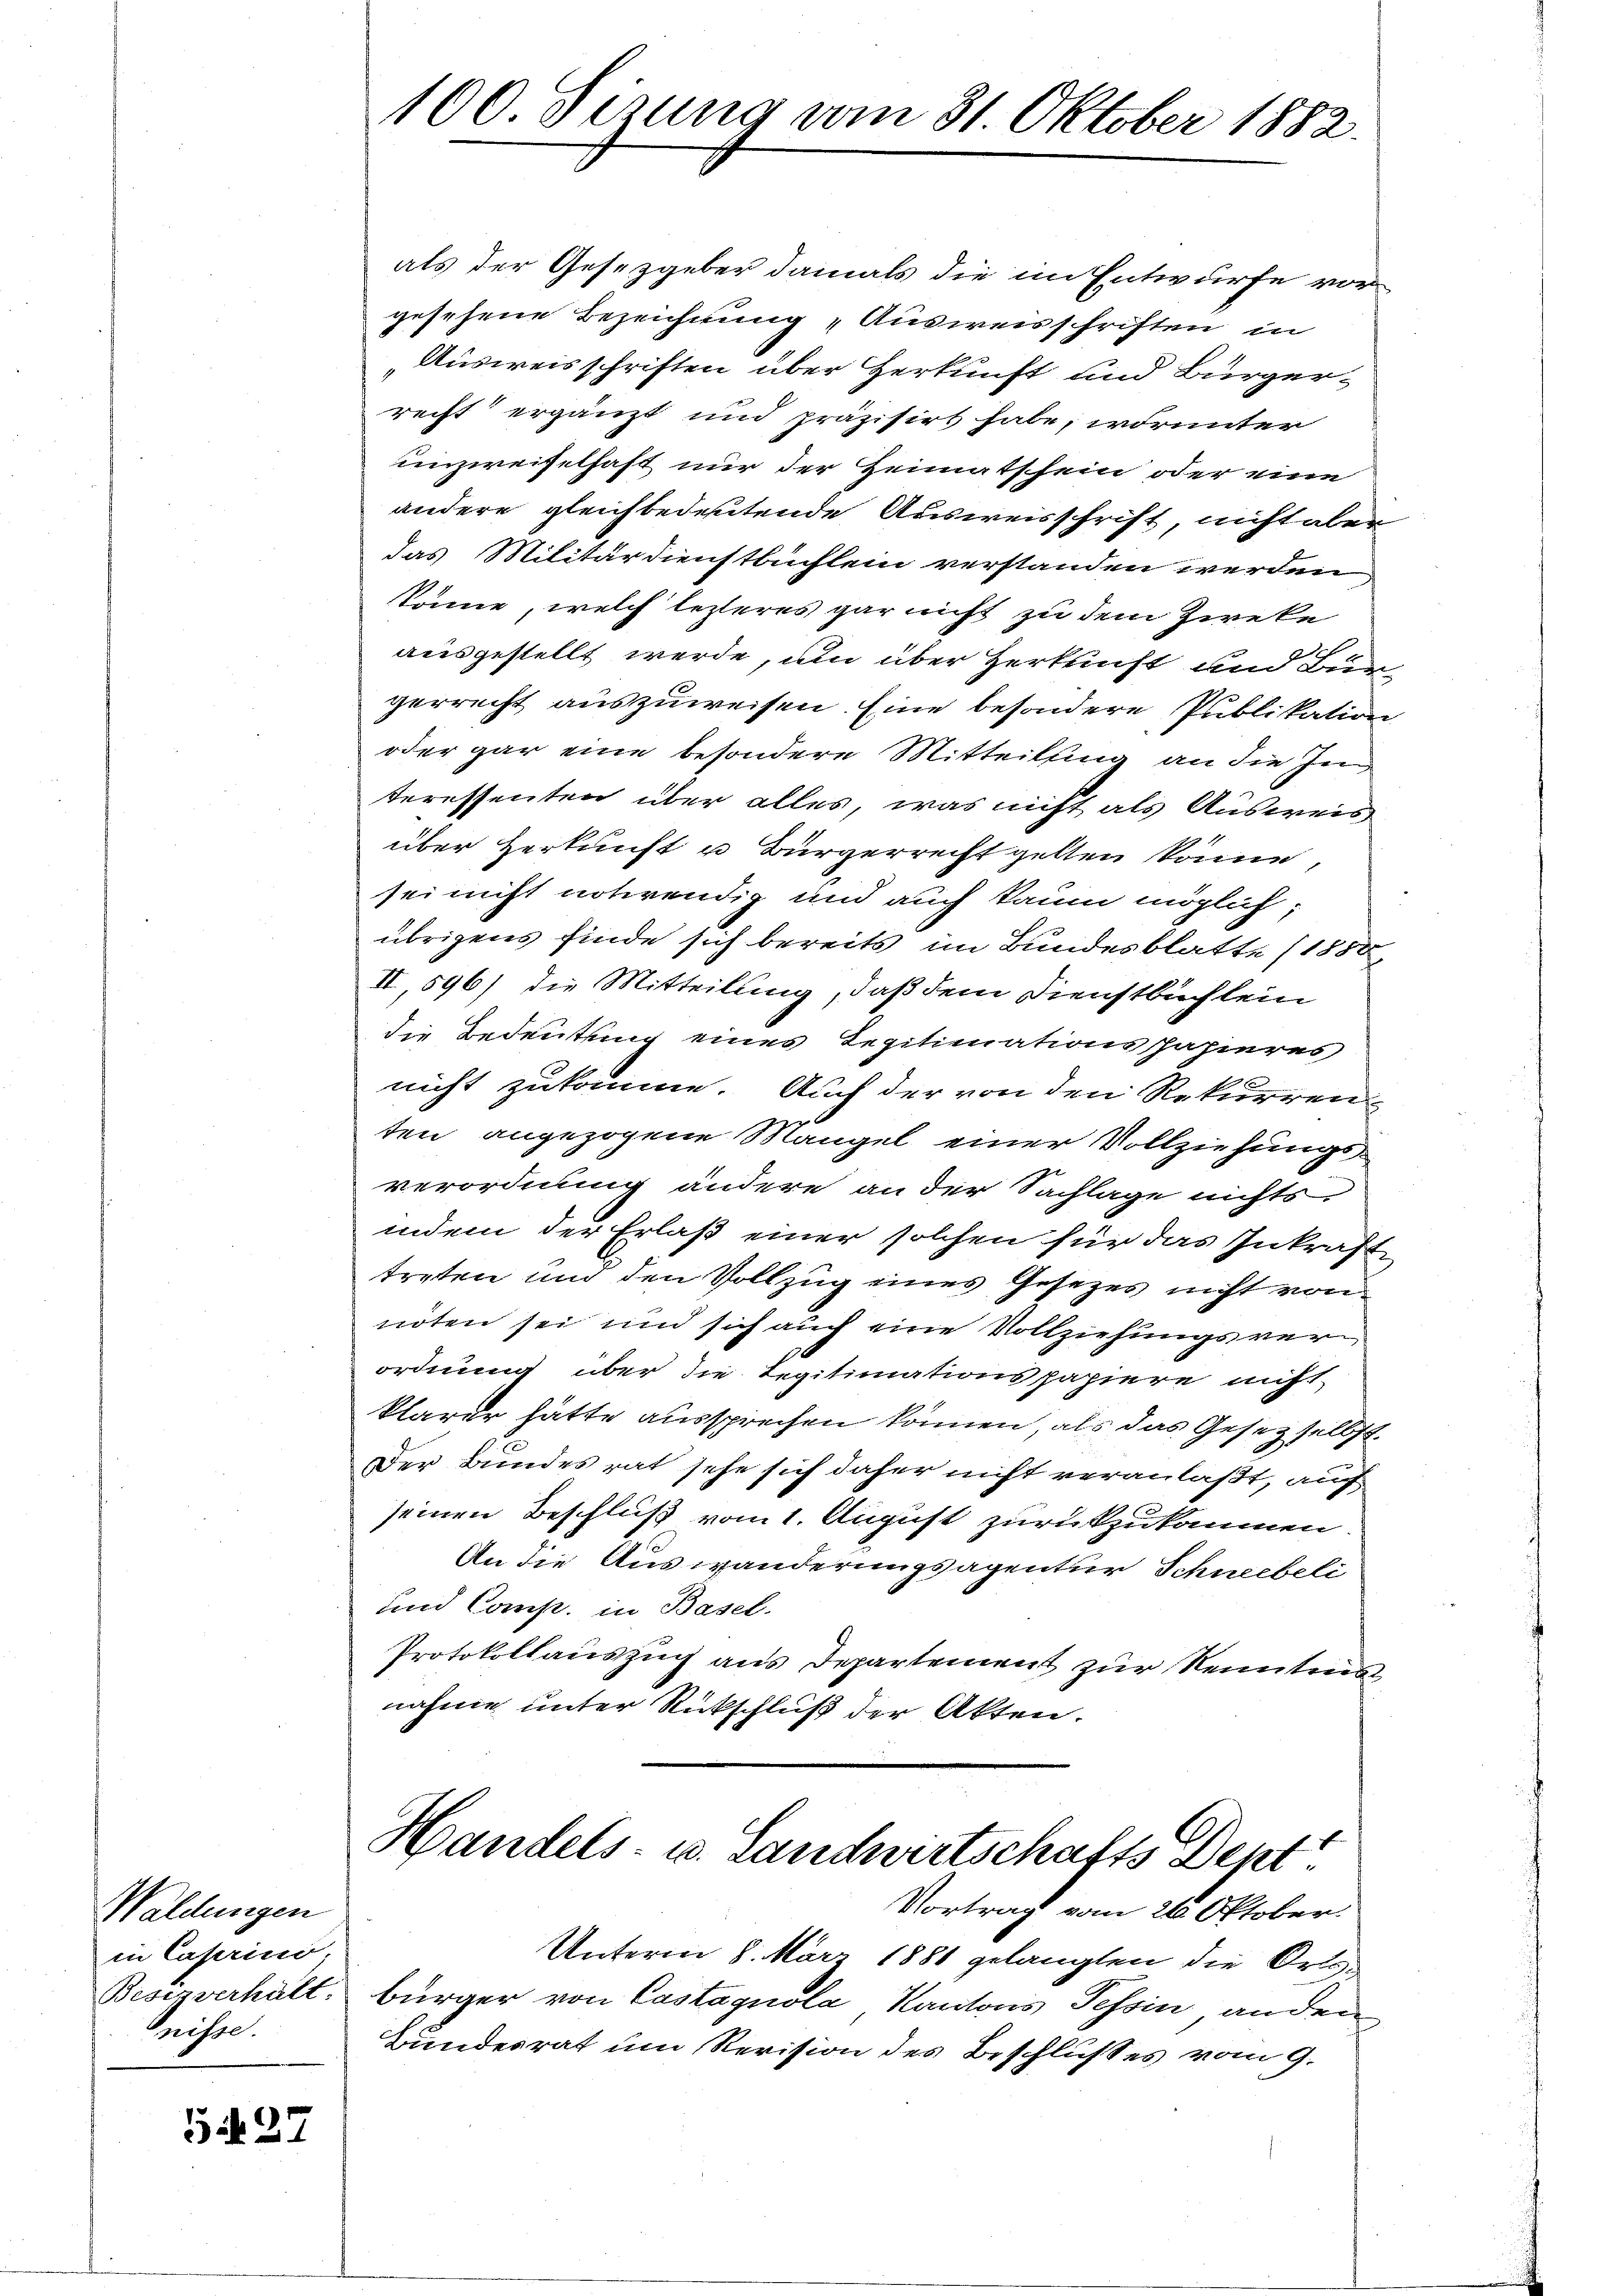
Waldungen
in Caserini,
Besizverhält.
Kreisse.

527

100 Sizung vom 31. Oktober 1882.

als der Gesetzgeber damals die im Entwurfe vorgesehene Bezeichnung „Ausweisschriften in
Ausweisschriften über Herkunft und Bürger-
recht ergänzt und präzisirt habe, worunter
unzweifelhaft nur der Heimatssein oder eine
andere gleichbedeutende Ausweisschrift, nicht aber
das Militärdienstbuchlein verstanden werden
könne, welch lezteres gar nicht zu dem Zweke
ausgestellt werde, um über Herkunft und un
gerrecht auszuweisen. Eine besondere Publikation
oder gar eine besondere Mitteilung an die In
teressenten über alles, was nicht als Ausweis
über Herkunft u. Bürgerrecht gelten könne,
sei nicht notwendig und auch kaum möglich;
übrigens finde sich bereits im Bundesblatte (1850
II 596) die Mitteilung, daß dem Dienstbuchlein
die Bedeutung eines Legitimations papieres
nicht zukomme. Auch der von den Rekurren
ten angezogene Mangel einer Vollziehungsverordnung ändere an der Sachlage nichts,
indem der Erlaß einer solchen für das Inkraft
treten und den Vollzug eines Gesetzes nicht von
noten sei und sich auch eine Vollziehungsverordnung über die Legitimationspapiere nicht
klarer hätte aussprechen können, als das Gesetz selbst.
Der Bundesrat sehe sich daher nicht veranlaßt, auf
seinen Beschluß vom 1. August zurückzukommen.
An die Auswanderungsagentur Schneebeli
und Comp. in Basel.
Protokollauszug aus Departement zur Kenntnis
nahme unter Rückschluß der Akten.

Handels- u. Landwirtschafts Dept.
Vortrag vom 26. Oktober.

Unterm 8. März 1881 gelangten die Ortsbürger von Castagnola, Kantons Tessin anden
Bundesrat um Revision des Beschlußes vom 9.